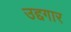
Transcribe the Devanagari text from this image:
उद्दगार